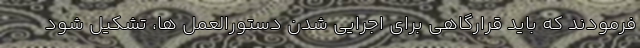
فرمودند که باید قرارگاهی برای اجرایی شدن دستورالعمل ها، تشکیل شود